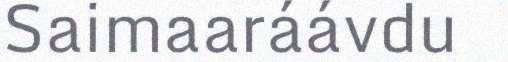
Saimaaráávdu